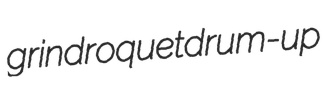
grind roquet drum-up